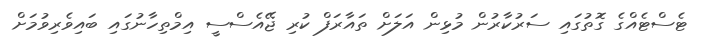
ޓެސްޓެއްގެ ގޮތުގައި ސަރުކާރުން މުޅިން އަލަށް ތައާރަފް ކުރި ޖޭއެސްސީ އިމްތިހާނުގައި ބައިވެރިވުމަށް